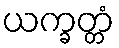
ယက္ခတ္တံ